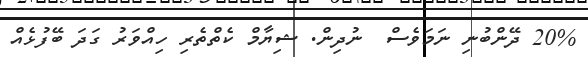
20% ދޭންބުނި ނަމަވެސް  ނުދިން. ޝިޔާމް ކެތްތެރި ހިއްވަރު ގަދަ ބޭފުޅެއް